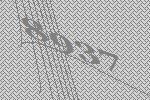
8937